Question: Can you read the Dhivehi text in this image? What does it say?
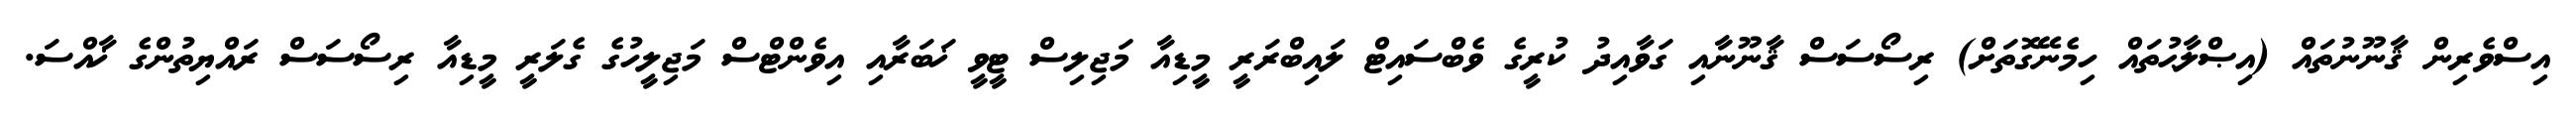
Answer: އިސްވެރިން ޤާނޫނުތައް (އިޞްލާޙުތައް ހިމެނޭގޮތަށް) ރިސޯސަސް ޤާނޫނާއި ގަވާއިދު ކުރީގެ ވެބްސައިޓް ލައިބްރަރީ މީޑިއާ މަޖިލިސް ޓީވީ ޚަބަރާއި އިވެންޓްސް މަޖިލީހުގެ ގެލަރީ މީޑިއާ ރިސޯސަސް ރައްޔިތުންގެ ޚާއްސަ.